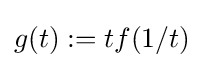
g(t):=tf(1/t)